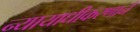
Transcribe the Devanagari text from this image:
न्यायाधीकरणाने